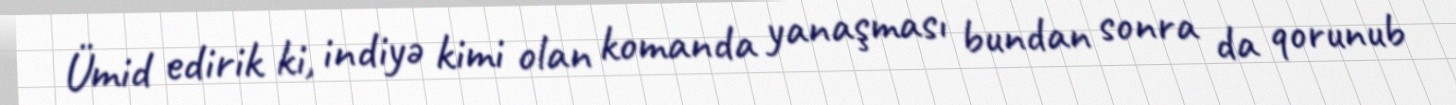
Ümid edirik ki, indiyə kimi olan komanda yanaşması bundan sonra da qorunub